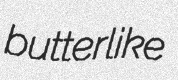
butterlike